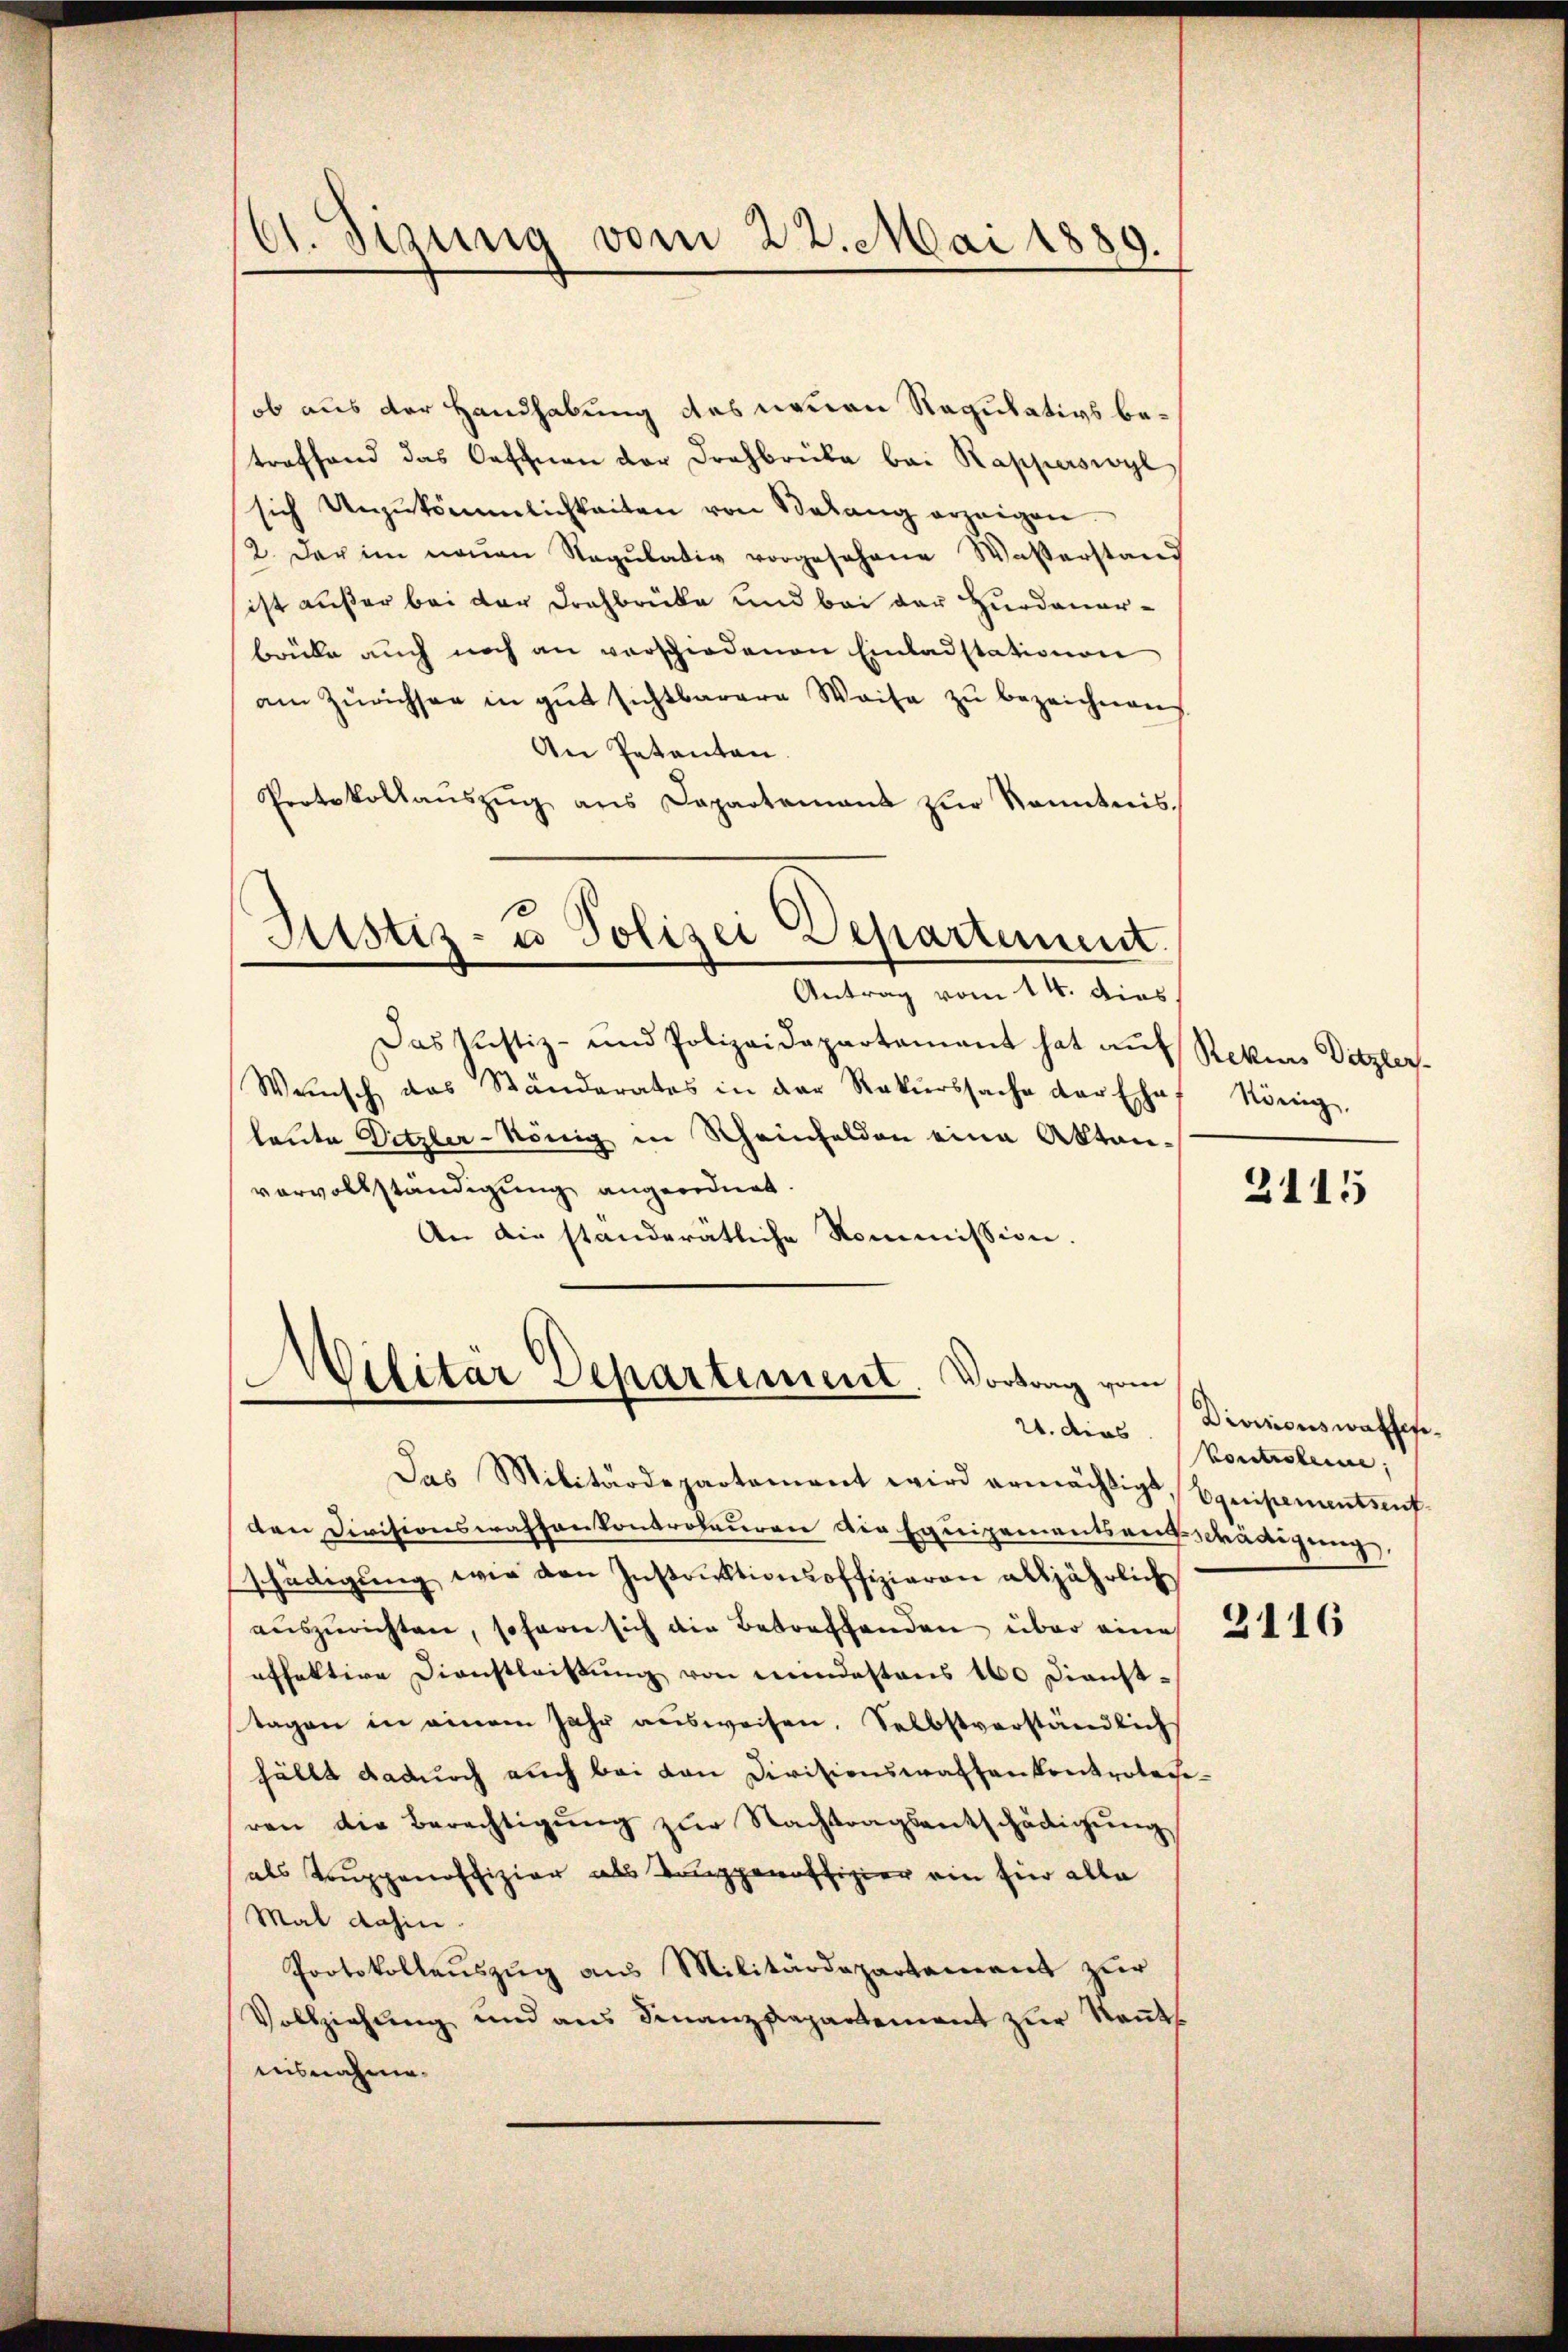
61. Sizung vom 22. Mai 1889.

ob aus der Handhabung des neuen Regulativs betrafhand das Oeschnen der Drahbrüke bei Rapperswyl
sich Unzukömmlichkeiten von Belang erzeigen.
2. Der im neŭen Stegŭlativ vorgesehene Wasserstand
ist außer bei der Drahbrücke und bei der Hurdauerbrüke auch noch an verschiedenen Einladstationen
am Zürichsen in gŭt sichtbarere Waise zŭ bezeichnen
An Petenten.
Protokollaŭszŭg ans Departement zŭr Kenntnis.
Justiz- u Polizei Departement.
Antrag vom 14. dies.
Das Justiz- und Polizeidepartament hat auf Rekurs Ditzler.
Wunsch das Ständerates in der Rekurssache der Ehe
laute Ditzler-König in Rheinhalden eine Akten-
vervolkständigung angeordnet.
An die standerätliche Kommission.

Militär Departement. Vortrag vom

Das Militärdepartement wird ermächtigt, Equipementsent-
den Divisionswassenkontroleuren die Equipementsangschädigung
schädigŭng wie den Instrŭktionsoffizieren alljährlich
auszurichten, soferne sich die Betreffenden über eine
effektive Dienstleistung von mindestens 160 Dienst-
tagen in einem Jahr ausweisen. Selbstverständlich
hällt dadurch auch bei den Divisionswartenkontrolace-
ren die Berechtigung zur Nachtragsentschädigung
als Truppenoffizier als Truppenoffizier ein hier alle
Mal dahin.
Protokollauszug aus Militärdepartement zur
Vollziehŭng und aus Finanzdepartement zŭr Keṅt
aisnahme.

könig,

2115

21. dies Divisionswassen.
Portisterne,

2116